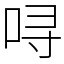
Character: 㖊